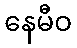
နေမီဝ